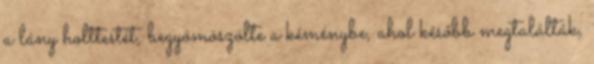
a lány holttestét, begyömöszölte a kéménybe, ahol később megtalálták,